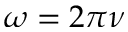
\omega = 2 \pi \nu